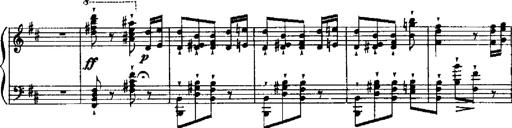
Title: RÃ©miniscences de Robert le diable
Composer: Franz Liszt